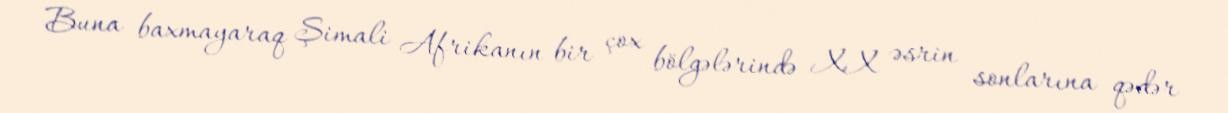
Buna baxmayaraq Şimali Afrikanın bir çox bölgələrində XX əsrin sonlarına qədər